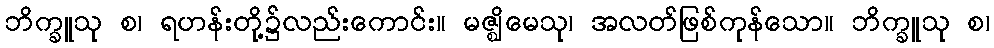
ဘိက္ခူသု စ၊ ရဟန်းတို့၌လည်းကောင်း။ မဇ္ဈိမေသု၊ အလတ်ဖြစ်ကုန်သော။ ဘိက္ခူသု စ၊